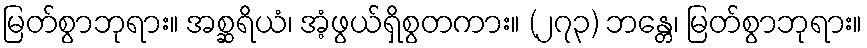
မြတ်စွာဘုရား။ အစ္ဆရိယံ၊ အံ့ဖွယ်ရှိစွတကား။ (၂၇၃) ဘန္တေ၊ မြတ်စွာဘုရား။